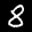
Label: 8